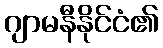
ဂျာမနီနိုင်ငံ၏